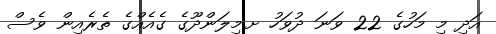
އަދި މި މަހުގެ 22 ވަނަ ދުވަހު ށ.މިލަންދޫގެ ގެއެއްގެ ތެރެއިން ވެސް